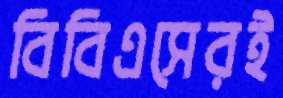
বিবিএসেরই